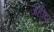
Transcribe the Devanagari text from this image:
जहीदा